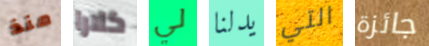
منذ كلارا لي يدلنا التي جائزة